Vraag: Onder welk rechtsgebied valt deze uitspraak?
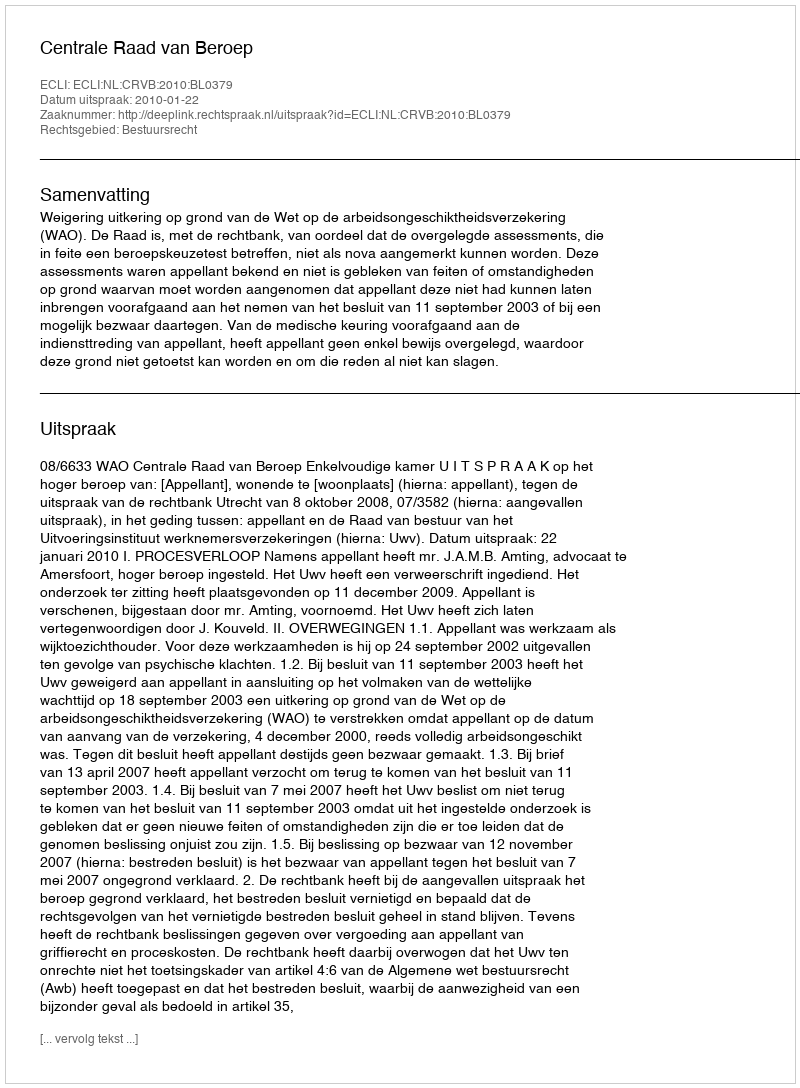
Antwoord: Bestuursrecht